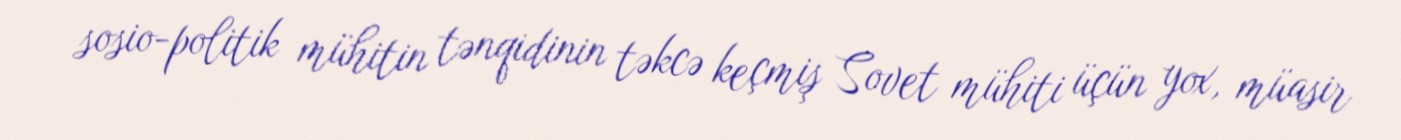
sosio-politik mühitin tənqidinin təkcə keçmiş Sovet mühiti üçün yox, müasir